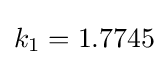
k_{1}=1.7745